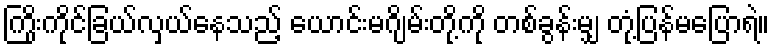
ကြိုးကိုင်ခြယ်လှယ်နေသည့် ယောင်းမဂျိမ်းတို့ကို တစ်ခွန်းမျှ တုံ့ပြန်မပြောရဲ။